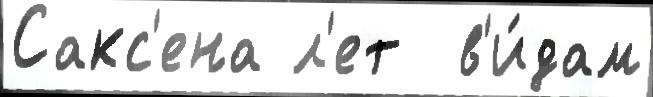
Сакс'ена л'ет  в'и́дам